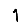
Digit: 1